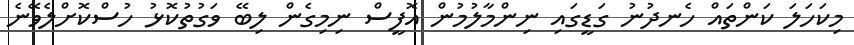
މިކަހަލަ ކަންތައް ހެނދުނު ގަޑީގައި ނިންމާލުމުން އޮފީސް ނިމިގެން ލިބޭ ވަގުތުކޮޅު ހުސްކޮށްލެވޭނެ